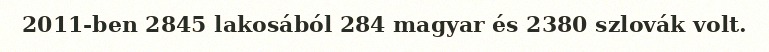
2011-ben 2845 lakosából 284 magyar és 2380 szlovák volt.